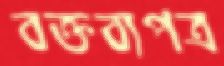
বক্তব্যপত্র